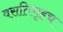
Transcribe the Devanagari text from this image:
वसतिगृहच